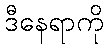
ဒီနေရာကို